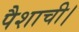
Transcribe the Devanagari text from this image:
पैशाची।